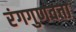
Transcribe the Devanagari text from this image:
रंगगुणवत्ता